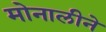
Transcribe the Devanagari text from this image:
मोनालीने